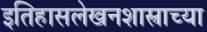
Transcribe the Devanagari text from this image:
इतिहासलेखनशास्त्राच्या